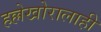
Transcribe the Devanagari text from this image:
हल्लेखोरालाही